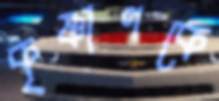
কৃষ্ণাণকে